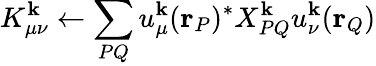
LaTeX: K_{\mu\nu}^{\mathbf{k}}\leftarrow\sum_{PQ}u_{\mu}^{\mathbf{k}}(\mathbf{r}_{P})^{*}X_{PQ}^{\mathbf{k}}u_{\nu}^{\mathbf{k}}(\mathbf{r}_{Q})